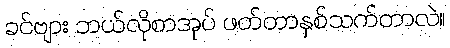
ခင်ဗျား ဘယ်လိုစာအုပ် ဖတ်တာနှစ်သက်တာလဲ။